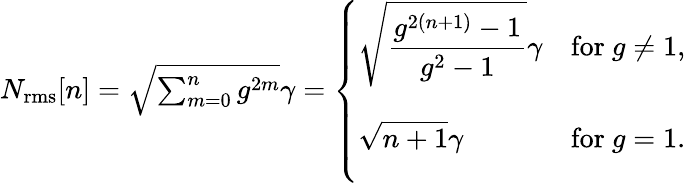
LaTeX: \begin{array}{r}{N_{\mathrm{rms}}[n]=\sqrt{\sum_{m=0}^{n}g^{2m}}\gamma=\left\{ \begin{array}{ll}{\displaystyle{\sqrt{\frac{g^{2(n+1)}-1}{g^{2}-1}}\gamma}}&{\mathrm{for~}g\neq 1,}\\ {\displaystyle{\vphantom{\Biggl(}\sqrt{n+1}\gamma}}&{\mathrm{for~}g=1.}\end{array}\right.}\end{array}